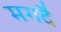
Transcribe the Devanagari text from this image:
मगदै